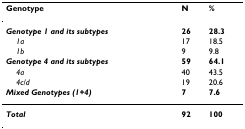
<table><thead><tr><td><b>Genotype</b></td><td><b>N</b></td><td><b>%</b></td></tr></thead><tbody><tr><td><b><i>Genotype 1 and its subtypes</i></b></td><td><b>26</b></td><td><b>28.3</b></td></tr><tr><td> <i>1a</i></td><td>17</td><td>18.5</td></tr><tr><td> <i>1b</i></td><td>9</td><td>9.8</td></tr><tr><td><b><i>Genotype 4 and its subtypes</i></b></td><td><b>59</b></td><td><b>64.1</b></td></tr><tr><td> <i>4a</i></td><td>40</td><td>43.5</td></tr><tr><td> <i>4c</i>/<i>d</i></td><td>19</td><td>20.6</td></tr><tr><td><b><i>Mixed Genotypes (1+4)</i></b></td><td><b>7</b></td><td><b>7.6</b></td></tr><tr><td><b><i>Total</i></b></td><td><b>92</b></td><td><b>100</b></td></tr></tbody></table>